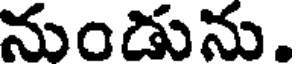
నుండును.